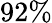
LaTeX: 92\%